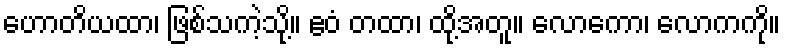
ဟောတိယထာ၊ ဖြစ်သကဲ့သို့။ ဧဝံ တထာ၊ ထို့အတူ။ လောကော၊ လောကကို။